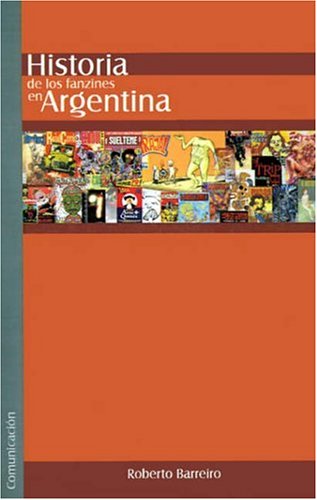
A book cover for Historia de los Fanzines de Historieta en Argentina (Spanish Edition); Roberto Barreiro; Humor & Entertainment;